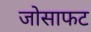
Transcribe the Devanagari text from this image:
जोसाफट